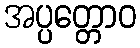
အပ္ပတ္တောဝ